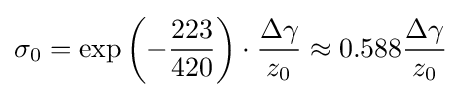
\sigma _{0}=\exp \left(-{\frac {223}{420}}\right)\cdot {\frac {\Delta \gamma }{z_{0}}}\approx 0.588{\frac {\Delta \gamma }{z_{0}}}